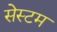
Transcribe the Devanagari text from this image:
सेस्टम